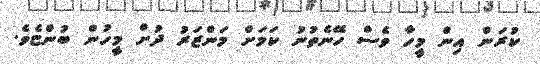
ކުރަން އިން މީހާ ވެސް ހޭނެތުނު ކަމަށް މަންޒަރު ދުށް މީހުން ބުންޏެވެ.